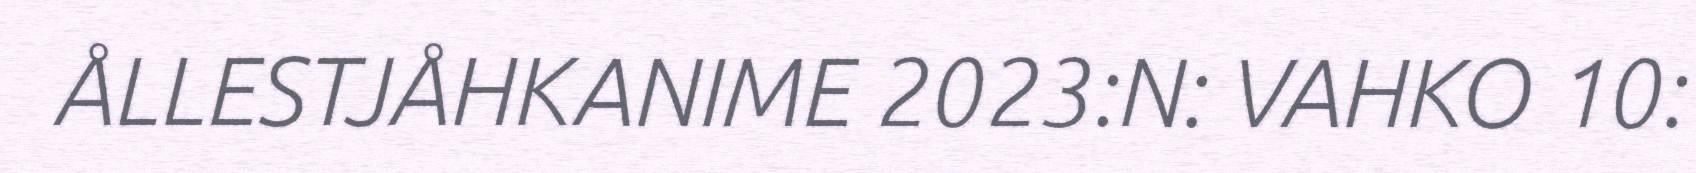
ÅLLESTJÅHKANIME 2023:N: VAHKO 10: